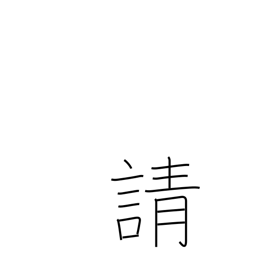
Meaning: solicit